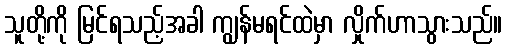
သူတို့ကို မြင်ရသည့်အခါ ကျွန်မရင်ထဲမှာ လှိုက်ဟာသွားသည်။